Calcutta medical institutions reports 1871-78
Year: 1871
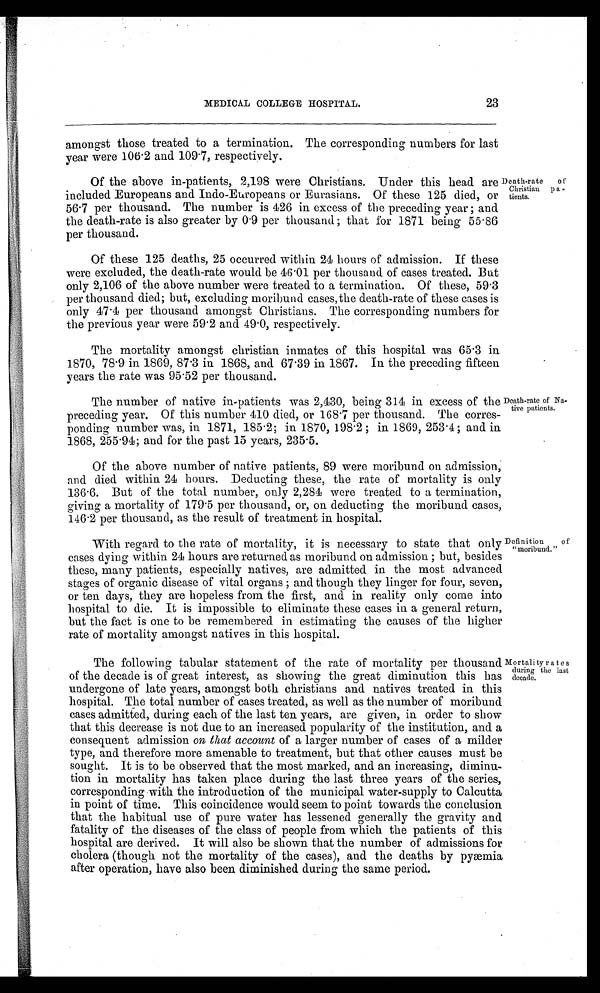
23
MEDICAL COLLEGE HOSPITAL.
amongst those treated to a termination. The corresponding numbers for last
year were 106.2 and 109.7, respectively.
Of the above in-patients, 2,198 were Christians. Under this head are
included Europeans and Indo-Europeans or Eurasians. Of these 125 died, or
56.7 per thousand. The number is 426 in excess of the preceding year ; and
the death-rate is also greater by 0.9 per thousand ; that for 1871 being 55.86
per thousand.
Of these 125 deaths, 25 occurred within 24 hours of admission. If these
were excluded, the death-rate would be 46.01 per thousand of cases treated. But
only 2,106 of the above number were treated to a termination. Of these, 59.3
per thousand died; but, excluding moribund cases, the death-rate of these cases is
only 47.4 per thousand amongst Christians. The corresponding numbers for
the previous year were 59.2 and 49.0, respectively.
Death-rate of
Christian pa-
tients.
The mortality amongst Christian inmates of this hospital was 65.3 in
1870, 78.9 in 1869, 87.3 in 1868, and 67.39 in 1867. In the preceding fifteen
years the rate was 95.52 per thousand.
The number of native in-patients was 2,430, being 314 in excess of the
preceding year. Of this number 410 died, or 168.7 per thousand. The corres-
ponding number was, in 1871, 185.2; in 1870, 198.2 ; in 1869, 253.4 ; and in
1868, 255.94; and for the past 15 years, 235.5.
Death-rate of Na-
tive patients.
Of the above number of native patients, 89 were moribund on admission,
and died within 24 hours. Deducting these, the rate of mortality is only
136.6. But of the total number, only 2,284 were treated to a termination,
giving a mortality of 179.5 per thousand, or, on deducting the moribund cases,
146.2 per thousand, as the result of treatment in hospital.
With regard to the rate of mortality, it is necessary to state that only
cases dying within 24 hours are returned as moribund on admission ; but, besides
these, many patients, especially natives, are admitted in the most advanced
stages of organic disease of vital organs ; and though they linger for four, seven,
or ten days, they are hopeless from the first, and in reality only come into
hospital to die. It is impossible to eliminate these cases in a general return,
but the fact is one to be remembered in estimating the causes of the higher
rate of mortality amongst natives in this hospital.
Definition of
"moribund."
The following tabular statement of the rate of mortality per thousand
of the decade is of great interest, as showing the great diminution this has
undergone of late years, amongst both christians and natives treated in this
hospital. The total number of cases treated, as well as the number of moribund
cases admitted, during each of the last ten years, are given, in order to show
that this decrease is not due to an increased popularity of the institution, and a
consequent admission on that account of a larger number of cases of a milder
type, and therefore more amenable to treatment, but that other causes must be
sought. It is to be observed that the most marked, and an increasing, diminu-
tion in mortality has taken place during the last three years of the series,
corresponding with the introduction of the municipal water-supply to Calcutta
in point of time. This coincidence would seem to point towards the conclusion
that the habitual use of pure water has lessened generally the gravity and
fatality of the diseases of the class of people from which the patients of this
hospital are derived. It will also be shown that the number of admissions for
cholera (though not the mortality of the cases), and the deaths by pyæmia
after operation, have also been diminished during the same period.
Mortality rates
during the last
decade.